Vaccination in Burma 1912-1922 - 1912-1922
Year: 1912
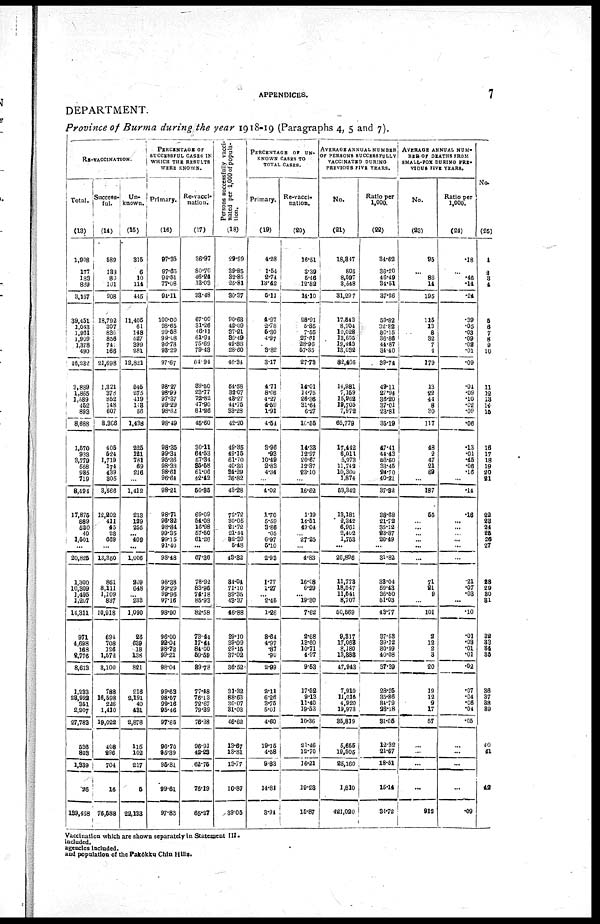
APPENDICES.
7
DEPARTMENT.
Province of Burma during the year 1918-19 (Paragraphs 4, 5 and 7).
RE-VACCINATION.
Total.
(13)
1,908
177
183
839
3,157
39,151
1,043
1,961
1,909
1,378
490
46,232
3,889
1,865
1,589
452
893
8,688
1,570
933
3,779
558
935
719
8,494
17,875
889
520
40
1,501
...
20,825
1,300
10,309
1,495
1,207
14,311
971
4,698
163
2,776
8,613
1,233
28,992
351
2,207
27,783
636
803
1,339
.26
139,468
Success-
ful.
(14)
589
133
80
101
908
18,792
307
836
856
741
166
21,698
1,321
378
852
148
607
8,306
405
524
1,719
174
439
305
3,566
12,202
411
45
23
669
...
13,350
861
8,111
1,109
837
10,918
694
708
126
1,572
3,100
788
16,598
226
1,410
19,022
408
296
704
16
76,588
Un-
known.
(15)
315
6
10
114
445
11,405
61
148
527
399
281
12,821
545
275
419
118
56
1,438
225
121
781
69
216
...
1,412
213
129
255
... 409
...
1,006
209
648
... 238
1,090
26
639
18
138
821
216
2,191
40
431
2,878
116
102
217
5
22,133
PERCENTAGE OF
SUCCESSFUL CASES IN
WHICH THE RESULTS
WERE KNOWN.
Primary.
(16)
97.35
97.65
94.51
77.08
94.11
100.00
98.65
99.58
99.08
96.78
93.29
97.67
98.27
98.99
97.37
99.29
98.62
98.49
98.35
99.34
95.36
98.33
98.61
96.64
98.21
98.71
96.82
98.84
99.35
99.15
91.40
98.48
98.38
99.29
99.96
97.16
98.90
96.00
92.04
98.72
99.21
98.04
99.63
98.57
99.16
95.46
97.85
96.70
95.39
95.81
99.61
97.83
Re-vacci-
nation.
(17)
36.97
80.70
46.24
13.03
33.48
67.00
31.26
46.11
61.94
75.69
79.43
64.94
39.50
23.77
72.82
47.90
81.26
45.60
30.11
64.53
57.34
35.68
61.06
42.42
50.35
69.09
54.08
16.98
57.50
61.26
...
67.36
78.92
83.96
74.18
85.93
82.58
73.44
17.44
84.00
59.69
89.78
77.48
76.13
72.67
79.39
76.38
96.91
42.23
62.75
76.19
65.27
Persons successfully vacci-
nated per 1,000 of popula-
tion.
(18)
29.99
39.85
32.85
25.81
30.37
90.63
42.09
37.21
35.49
49.88
28.60
46.34
54.58
32.07
43.27
44.75
33.28
42.20
49.35
49.15
61.70
40.36
34.29
36.82
43.28
72.72
30.05
21.72
21.44
82.39
5.48
43.32
84.04
71.10
39.35
48.37
46.88
39.10
39.09
29.15
37.02
36.52
31.32
88.63
30.07
31.03
46.62
13.67
13.81
13.77
10.87
39.05
PERCENTAGE
OF
UN-
----- CASES TO
TOTAL CASES.
Primary.
(19)
4.28
1.54
2.74
13.42
5.11
4.97
2.78
5.30
4.97
... 3.82
3.17
4.71
8.06
4.27
4.59
1.91
4.64
3.96
.93
10.49
2.83
4.34
...
4.02
1.70
5.59
3.86
.05
6.97
5.10
2.93
1.77
1.27
... 2.45
1.26
3.64
4.97
.87
.90
2.99
2.11
6.26
3.75
5.01
4.60
19.15
4.58
8.83
14.81
3.91
Re-vacci-
nation.
(20)
16.51
3.39
5.46
12.82
14.10
28.91
5.85
7.55
27.61
28.96
57.35
27.78
14.01
14.75
26.36
31.64
6.27
16.55
14.38
12.97
20.67
12.37
23.10
...
16.62
1.19
14.51
49.04
... 27.25
...
4.83
16.08
6.29
... 19.30
7.62
2.68
13.60
10.71
4.97
9.63
17.52
9.13
11.40
19.53
10.36
21.46
12.70
16.21
19.28
15.87
AVERAGE ANNUAL NUMBER
Of PERSONS SUCCESSFULLY
VACCINATED DURING
PREVIOUS FIVE YEARS.
No.
(21)
18,847
805
8,597
3,548
31,297
17,543
8,704
10,028
18,655
19,443
13,032
82,405
14,981
7,169
15,962
19,705
7,972
65,779
17,442
6,011
5,973
11,742
10,300
1,874
53,342
13,181
2,342
6,961
2,402
1,753
...
26,896
11,778
18,547
11,541
8,707
50,569
9,317
17,068
8,180
13,888
47,943
7,910
11,016
4,920
19,973
85,819
5,655
19,505
25,160
1,810
421,020
Ratio per
1,000.
(22)
34.62
36.20
46.49
31.51
37.26
59.82
32.82
36.15
36.86
44.87
31.40
39.74
49.11
27.94
36.20
37.01
23.81
35.19
47.41
44.43
53.60
33.46
24.70
40.21
37.82
38.68
21.72
35.12
23.87
20.49
...
31.82
33.04
59.43
36.50
51.03
43.77
37.53
39.12
30.99
40.08
37.39
28.25
35.86
34.79
28.18
31.05
12.32
21.67
18.51
15.14
34.72
AVERAGE ANNUAL NUM-
--- OF DEATHS FROM
SMALL-POX DURING PRE-
VIOUS FIVE YEARS.
No.
(23)
95
...
86
14
195
115
13
8
32
7
4
179
13
22
44
8
30
117
48
2
47
21
69
...
187
55
... ...
... ...
...
...
71
21
9
...
101
2
12
2
3
20
19
12
9
17
57
...
...
...
...
912
Ratio per
1,000.
(24)
.18
...
.46
.14
.24
.39
.05
.03
.09
.02
.01
.09
.04
.09
.10
.02
.09
.06
.13
.01
.45
.06
.16
...
.14
.18
... ...
... ...
...
...
.21
.07
.03
...
.10
.01
.03
.01
.01
.02
.07
.04
.06
.04
.05
..
...
....
...
.09
No.
(25)
1
2
3
4
5
6
7
8
9
10
11
12
13
14
15
...
16
17
18
19
20
21
22
28
24
25
26
27
28
29
30
31
32
33
34
35
36
37
38
89
40
41
...
42
Vaccination which are shown separately in Statement III.
included.
agencies included.
and population of the Pakôkku Chin Hills.